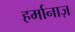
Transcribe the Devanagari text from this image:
हर्मानाज़